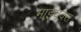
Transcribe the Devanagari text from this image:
माइचक्स